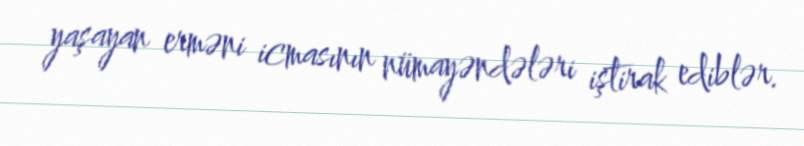
yaşayan erməni icmasının nümayəndələri iştirak ediblər.